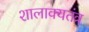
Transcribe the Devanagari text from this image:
शालाक्यतंत्र